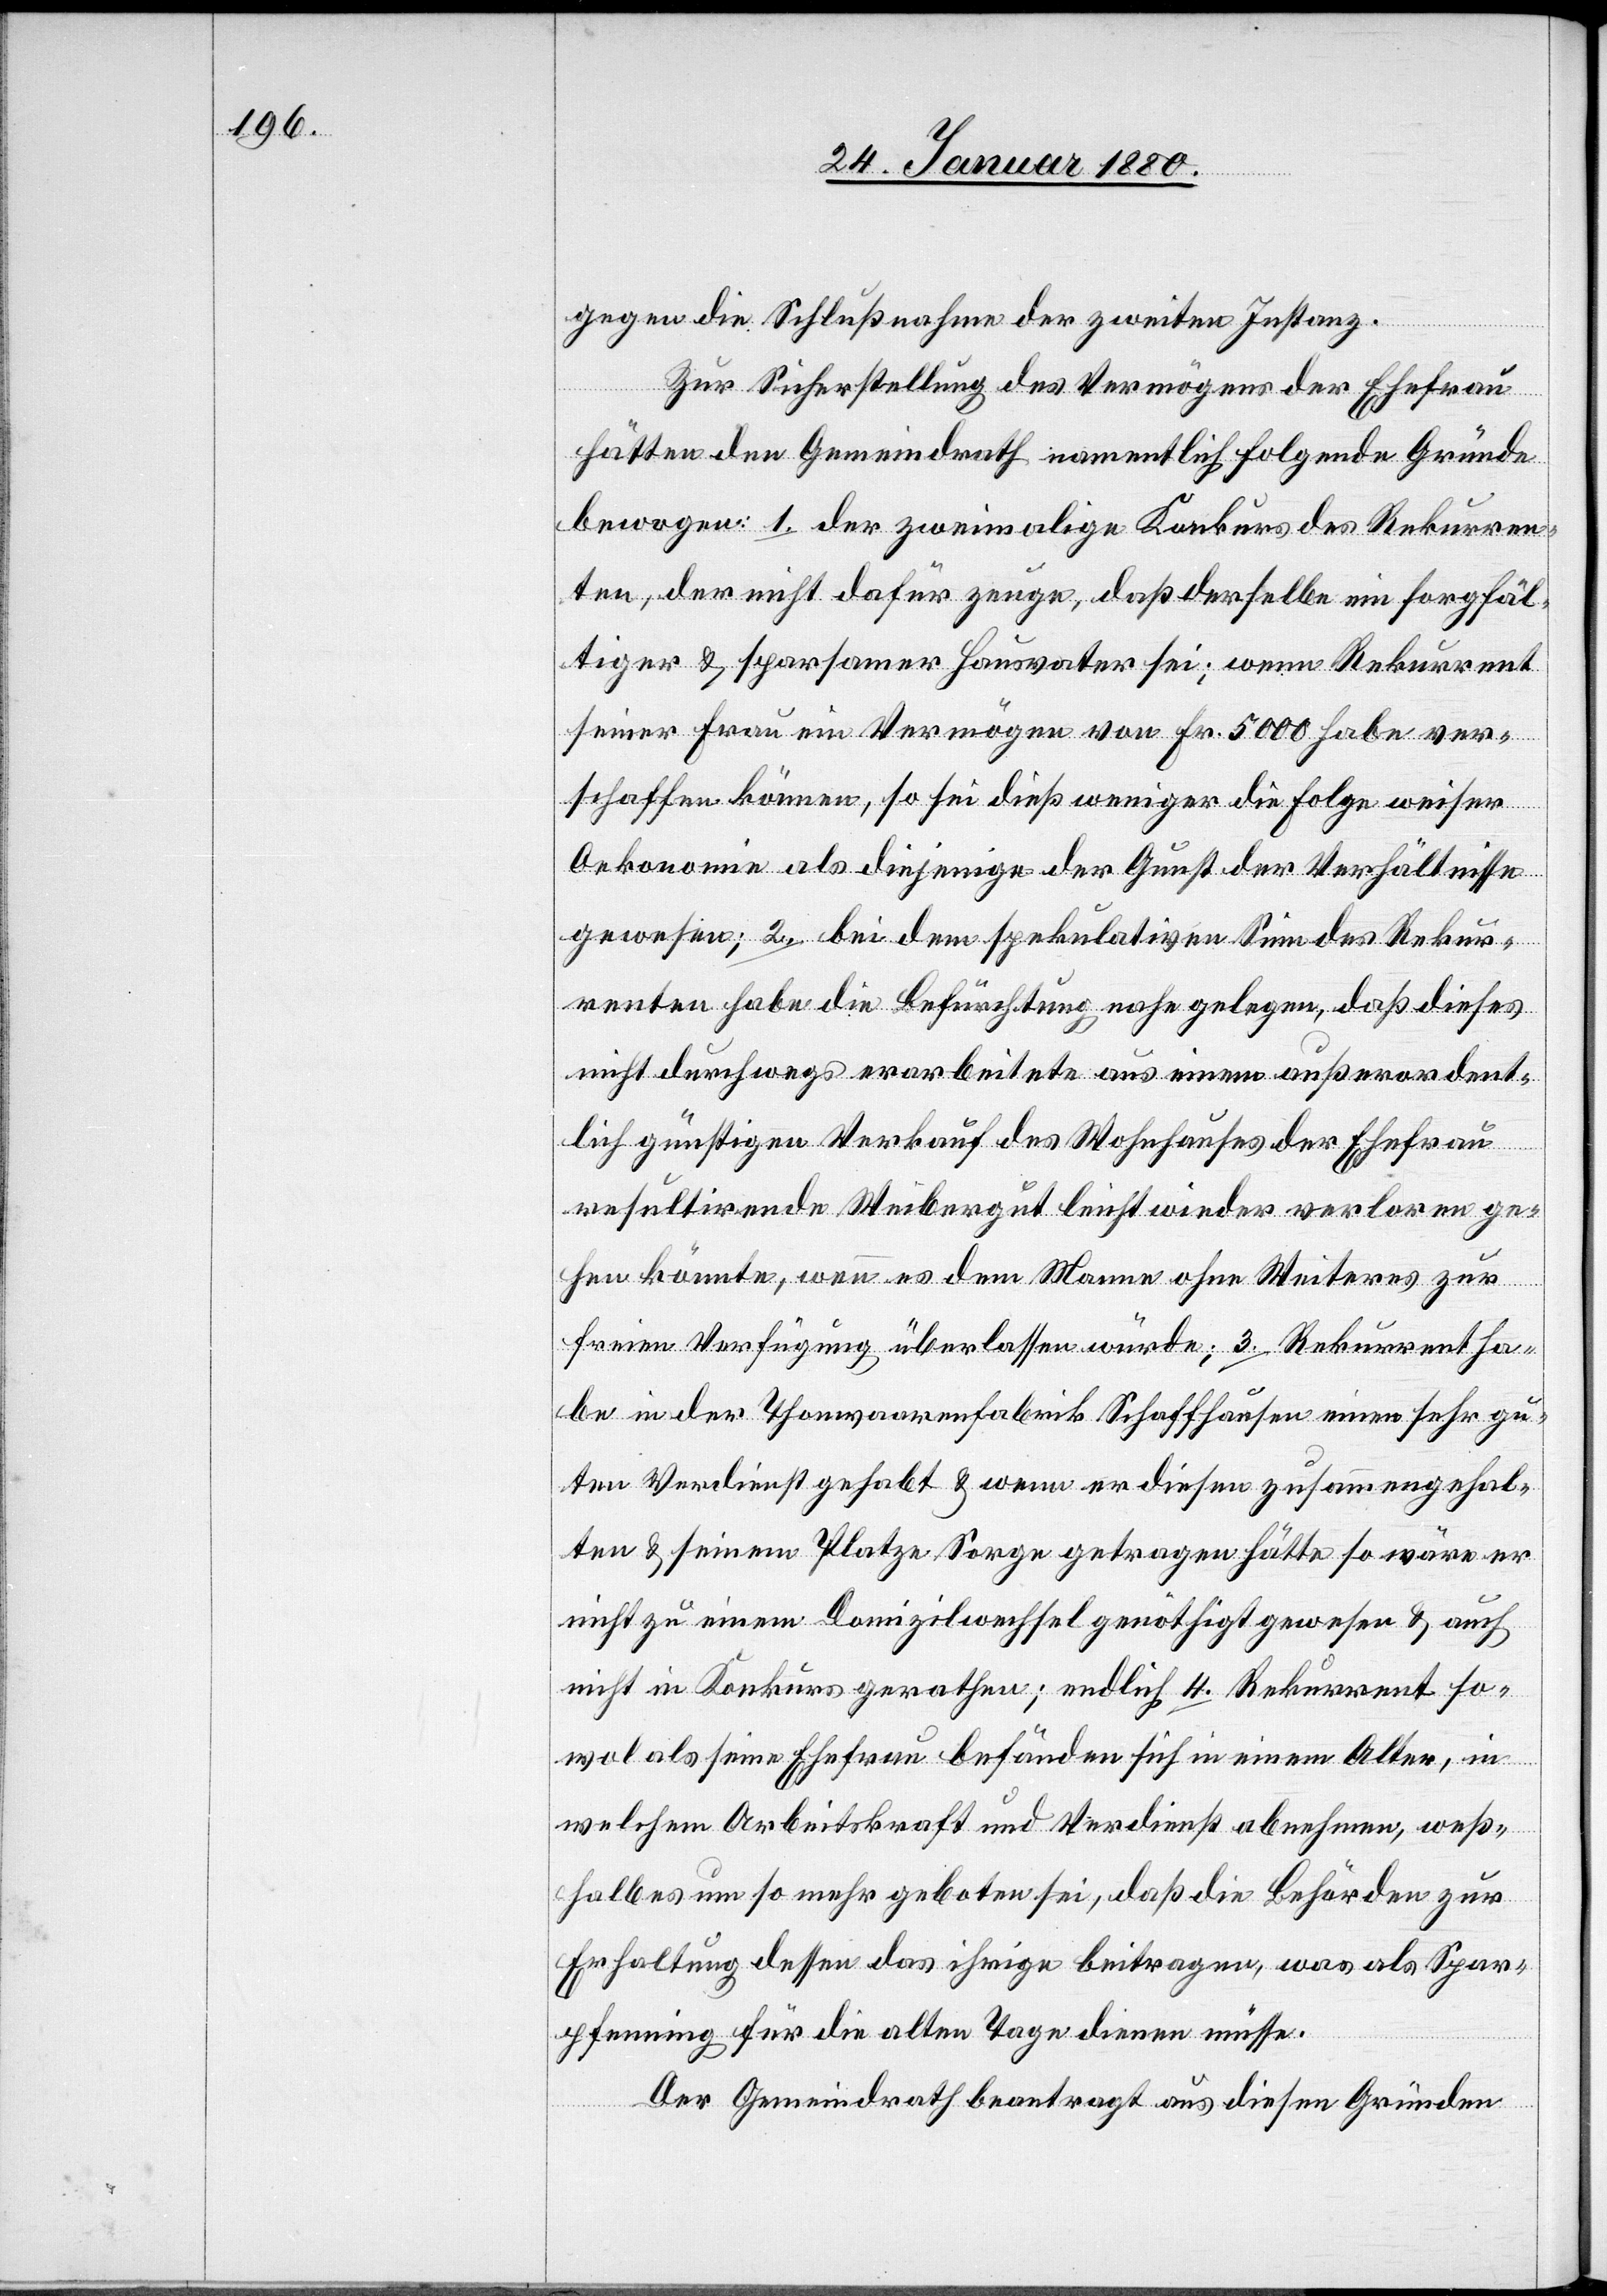
gegen die Schlußnahme der zweiten Instanz.
Zur Sicherstellung des Vermögens der Ehefrau
hätten den Gemeindrath namentlich folgende Gründe
bewogen: 1. der zweimalige Konkurs des Rekurren¬
ten, der nicht dafür zeuge, daß derselbe ein sorgfäl¬
tiger & sparsamer Hausvater sei; wenn Rekurrent
seiner Frau ein Vermögen von Fr. 5000 habe ver¬
schaffen können, so sei dieß weniger die Folge weiser
Oekonomie als diejenige der Gunst der Verhältnisse
gewesen; 2. bei dem spekulativen Sinn des Rekur¬
renten habe die Befürchtung nahe gelegen, daß dieses
nicht durchaus erarbeitete aus einem außerordent¬
lich günstigen Verkauf des Wohnhauses der Ehefrau
resultirende Weibergut leicht wieder verloren ge¬
hen könnte, wenn es dem Manne ohne Weiteres zur
freien Verfügung überlassen würde; 3. Rekurrent ha¬
be in der Thonwaarenfabrik Schaffhausen einen sehr gu¬
ten Verdienst gehabt & wenn er diesen zusammengehal¬
ten & seinem Platze Sorge getragen hätte so wäre er
nicht zu einem Domizilwechsel genöthigt gewesen & auch
nicht in Konkurs gerathen; endlich 4. Rekurrent so¬
wol als seine Ehefrau befänden sich in einem Alter, in
welchem Arbeitskraft und Verdienst abnehmen, weß¬
halb es um so mehr geboten sei, daß die Behörden zur
Erhaltung dessen das ihrige beitragen, was als Spar¬
pfennig für die alten Tage dienen müsse.
Der Gemeindrath beantragt aus diesen Gründen